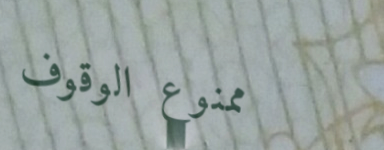
ممنوع الوقوف